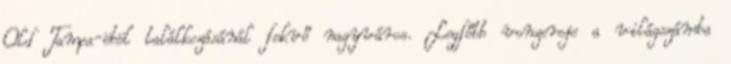
Old Tampa-öböl találkozásánál fekvő nagyváros. Legfőbb vonzereje a világszámba